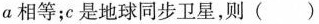
a相等；c是地球同步卫星，则()